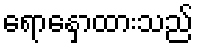
ရောနှောထားသည်